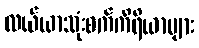
လယ်ယာသုံးစက်ကိရိယာများ